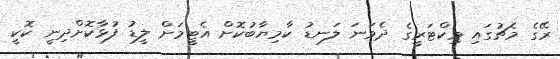
ރޭގެ މެޗުގައި ވިކްޓަރީގެ ދެވަނަ ލަނޑު ކާމިޔާބުކޮށް އެޓީމަށް ލީޑު ފުޅާކޮށްދިނީ ކޮކީ